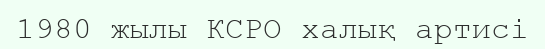
1980 жылы КСРО халық артисі